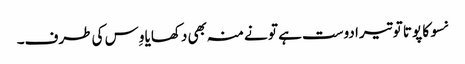
نسو کا پوتا تو تیرا دوست ہے تو نے منہ بھی دکھایا وِس کی طرف۔